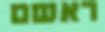
ראשם